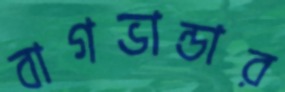
বাগভান্ডার